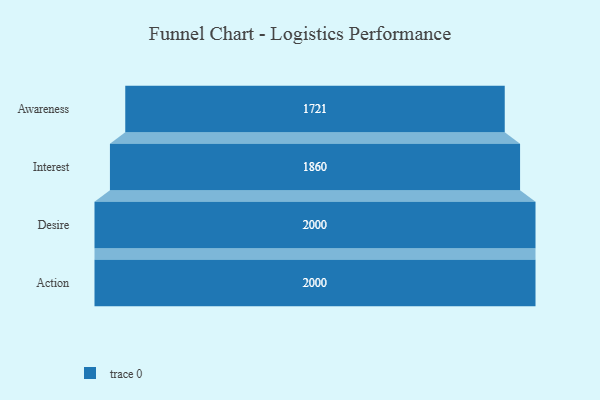
{"axis": {"x": "Stage", "y": "Value"}, "legend": [""], "data": [{"x": "Awareness", "y": 1721.0, "type": ""}, {"x": "Interest", "y": 1860.0, "type": ""}, {"x": "Desire", "y": 2000, "type": ""}, {"x": "Action", "y": 2000, "type": ""}]}